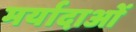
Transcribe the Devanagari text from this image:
मर्यादाआें